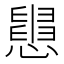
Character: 𢤒